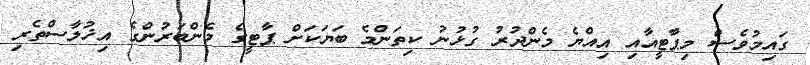
ގައިމުވެސް މިޕާޓީއާއި އިއްޔެ މެންދުރު ގުޅުނު ކިތަންމެ ބަޔަކަށް ޕާޓީގެ މެންބަރުންގެ އިޚުލާސްތެރި